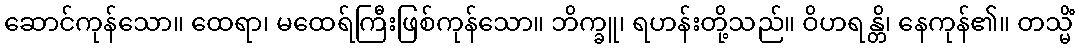
ဆောင်ကုန်သော။ ထေရာ၊ မထေရ်ကြီးဖြစ်ကုန်သော။ ဘိက္ခူ၊ ရဟန်းတို့သည်။ ဝိဟရန္တိ၊ နေကုန်၏။ တသ္မိံ